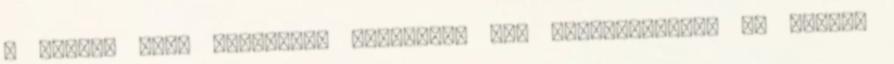
a Bagod, mint jelenlegi községnév 40. évfordulóját. Az ünnepi